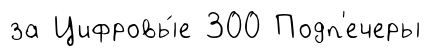
за Цифровы́е 300 Подп'ечеры